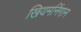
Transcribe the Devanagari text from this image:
खियमनिंगान